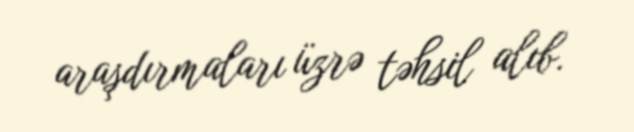
araşdırmaları üzrə təhsil alıb.